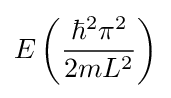
E\left({\frac {\hbar ^{2}\pi ^{2}}{2mL^{2}}}\right)